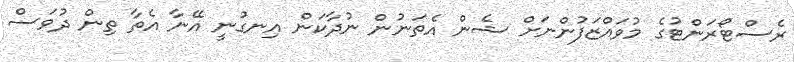
ރެސްޓޯރަންޓުގެ މުވައްޒަފުންނަށް ޝެން އެތަނުން ނުދާކަން އިނގުނީ އޭނާ އެތާ ތިން ދުވަސް